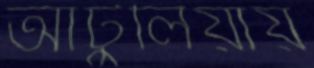
আটুলিয়ায়